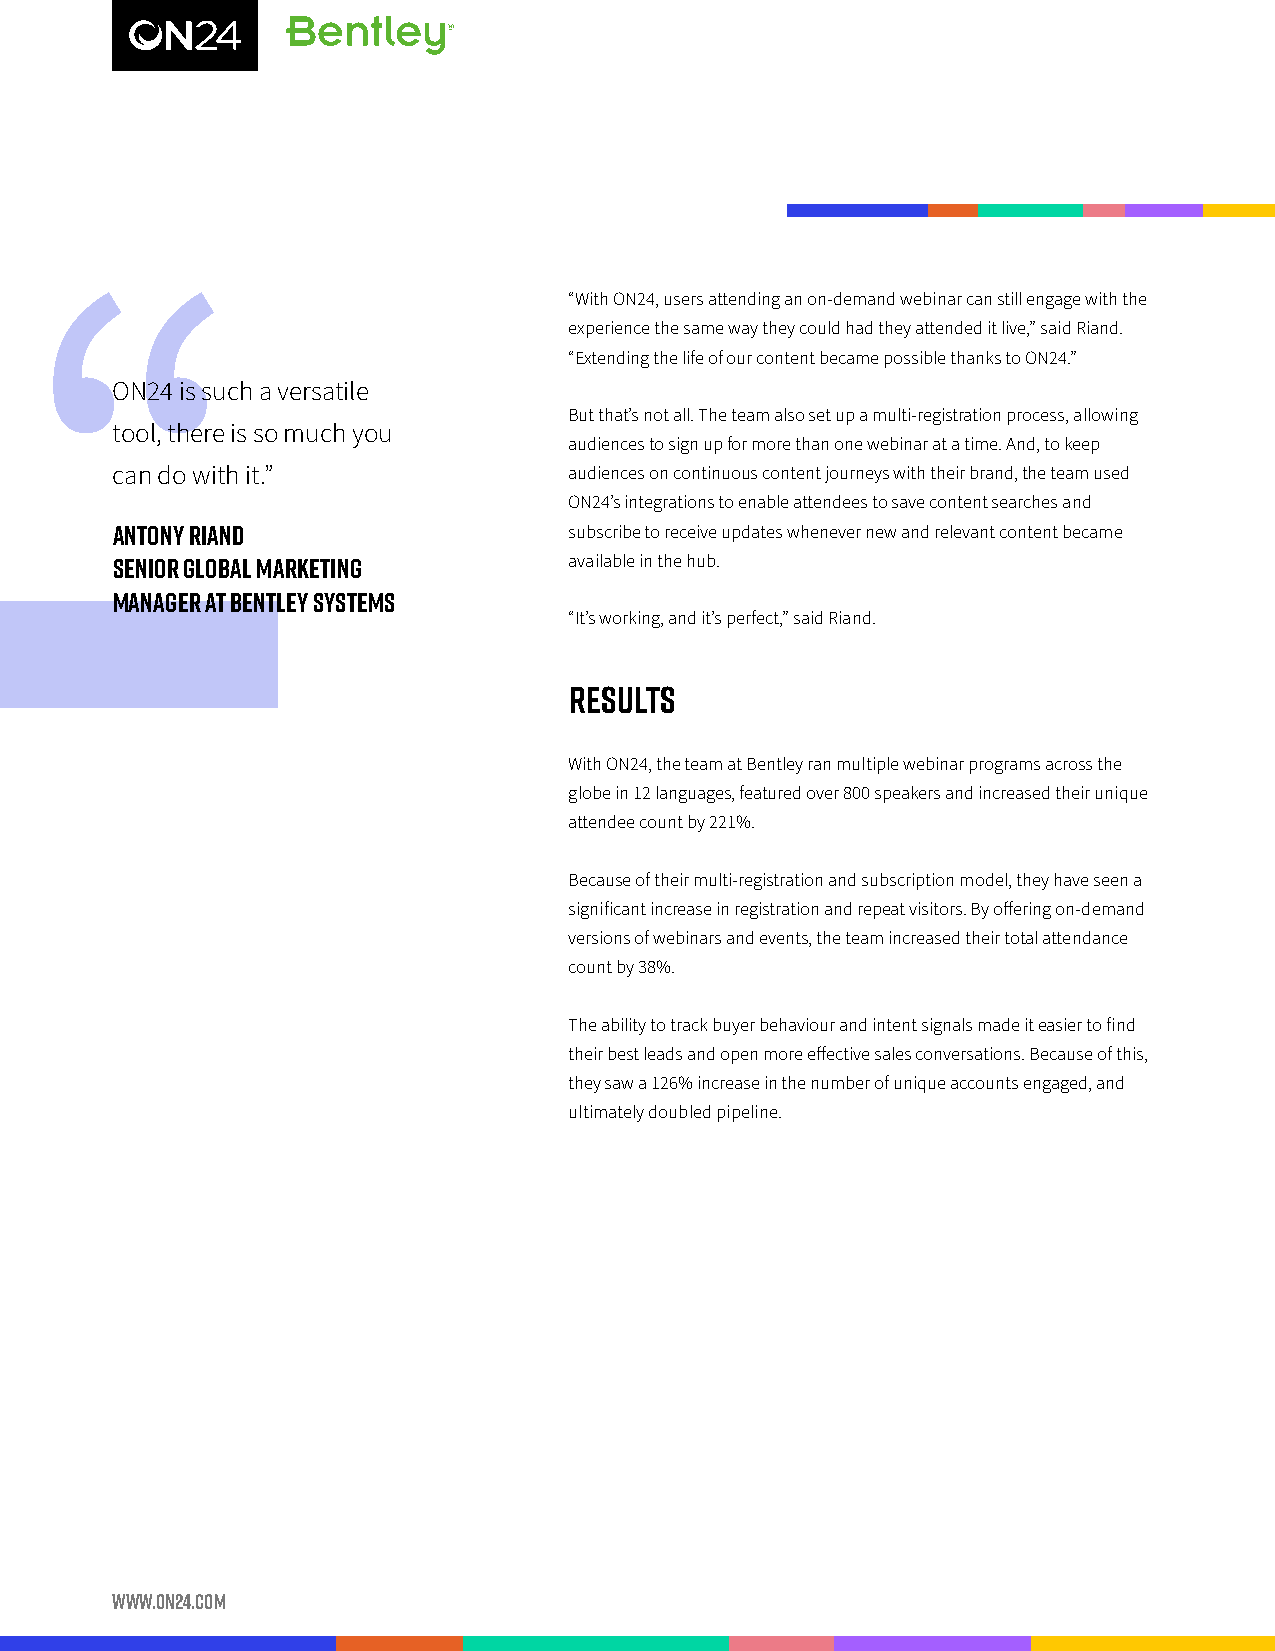
“With ON24, users attending an on-demand webinar can still engage with the
 experience the same way they could had they attended it live,” said Riand.
 “Extending the life of our content became possible thanks to ON24.”
 ON24 is such a versatile
 But that’s not all. The team also set up a multi-registration process, allowing
 tool, there is so much you
 audiences to sign up for more than one webinar at a time. And, to keep
 can do with it.”               audiences on continuous content journeys with their brand, the team used
 ON24’s integrations to enable attendees to save content searches and
 ANTONY RIAND                   subscribe to receive updates whenever new and relevant content became
 available in the hub.
 SENIOR GLOBAL MARKETING
 MANAGER AT BENTLEY SYSTEMS
 “It’s working, and it’s perfect,” said Riand.
 RESULTS
 With ON24, the team at Bentley ran multiple webinar programs across the
 globe in 12 languages, featured over 800 speakers and increased their unique
 attendee count by 221%.
 Because of their multi-registration and subscription model, they have seen a
 significant increase in registration and repeat visitors. By offering on-demand
 versions of webinars and events, the team increased their total attendance
 count by 38%.
 The ability to track buyer behaviour and intent signals made it easier to find
 their best leads and open more effective sales conversations. Because of this,
 they saw a 126% increase in the number of unique accounts engaged, and
 ultimately doubled pipeline.
 www.on24.com